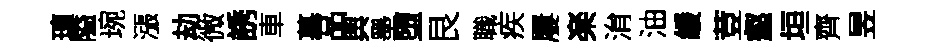
璮隘琬漲劫微誘車墓品舆墨堕艮職疾屢楽㳙油緩荳壑垣齊昱